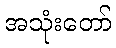
အသုံးတော်